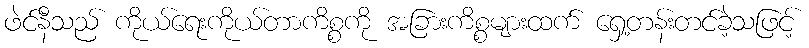
ဖဲင်နီသည် ကိုယ်ရေးကိုယ်တာကိစ္စကို အခြားကိစ္စများထက် ရှေ့တန်းတင်ခဲ့သဖြင့်